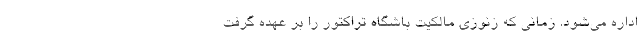
اداره می‌شود. زمانی که زنوزی مالکیت باشگاه تراکتور را بر عهده گرفت